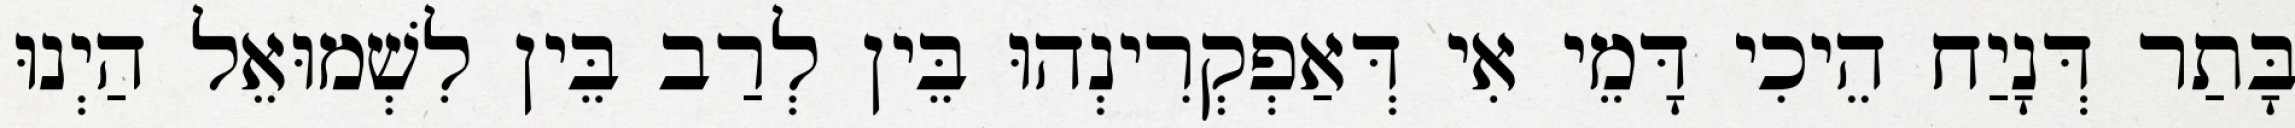
בָּתַר דְּנָיַח הֵיכִי דָּמֵי אִי דְּאַפְקְרִינְהוּ בֵּין לְרַב בֵּין לִשְׁמוּאֵל הַיְנוּ